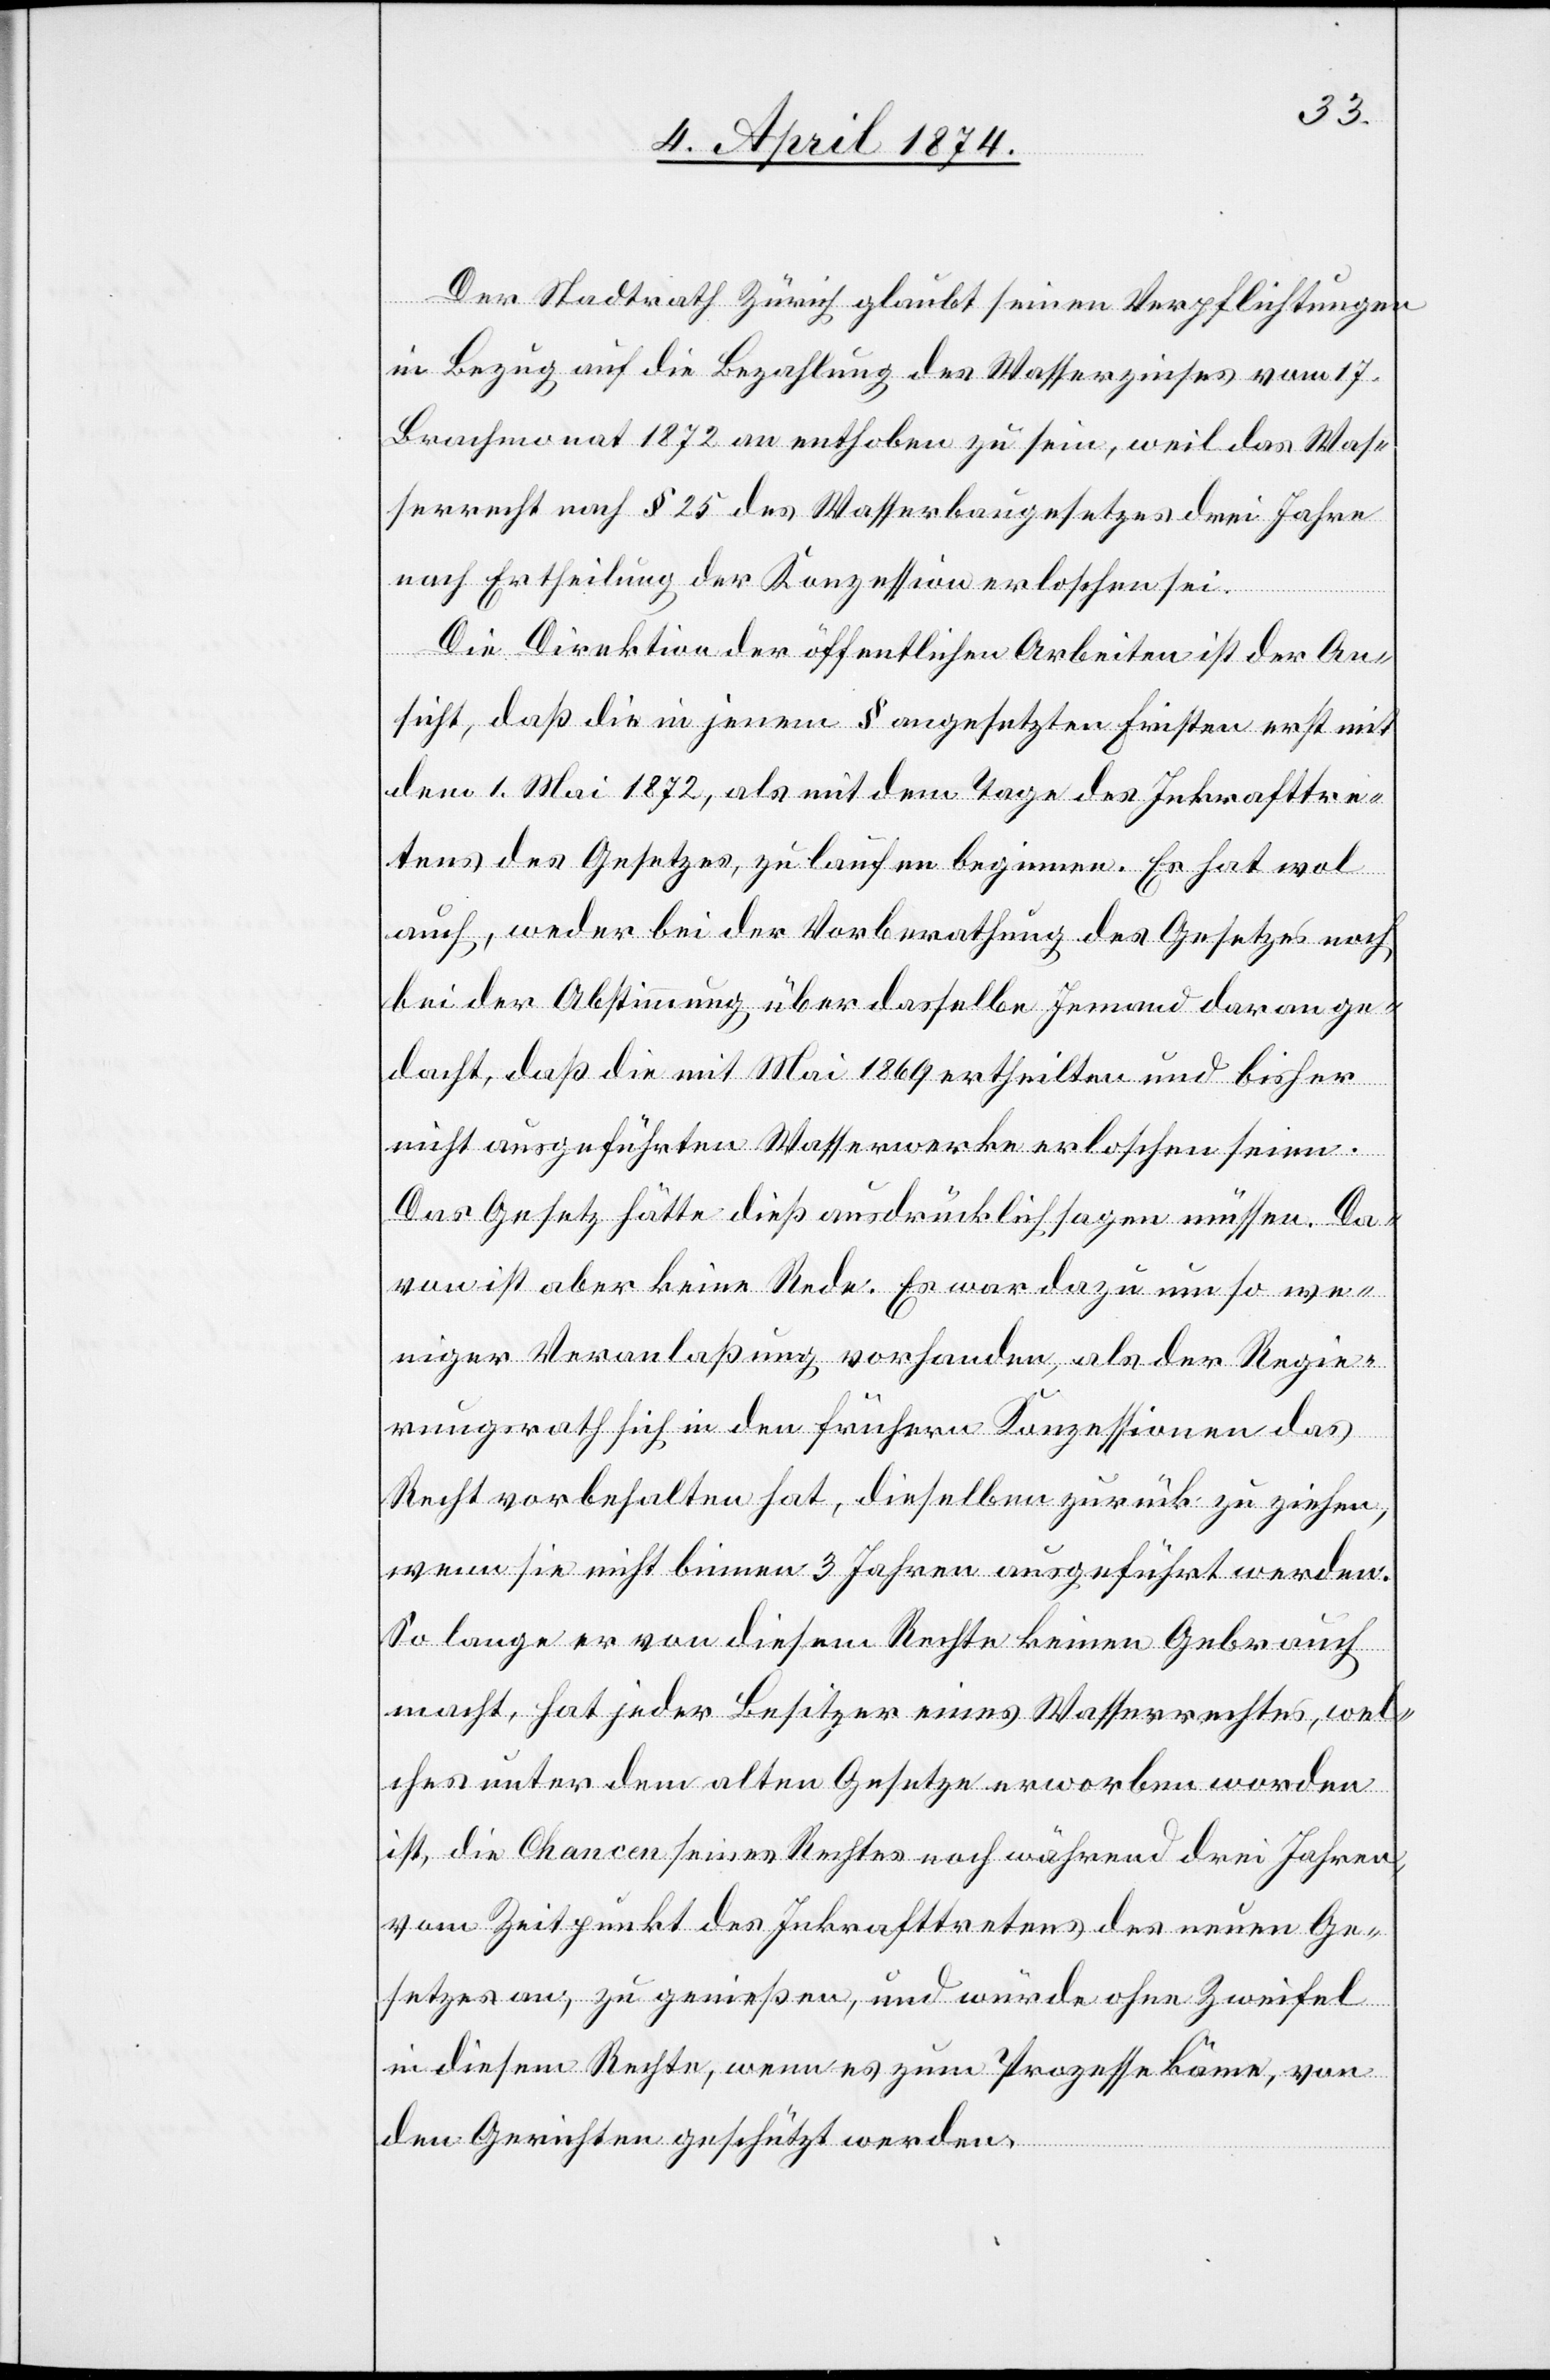
Der Stadtrath Zürich glaubt seinen Verpflichtungen
in Bezug auf die Bezahlung des Wasserzinses vom 17.
Brachmonat 1872 an enthoben zu sein, weil das Was¬
serrecht nach § 25 des Wasserbaugesetzes drei Jahre
nach Ertheilung der Konzession erloschen sei.
Die Direktion der öffentlichen Arbeiten ist der An¬
sicht, daß die in jenem § angesetzten Fristen erst mit
dem 1. Mai 1872, als mit dem Tage des Inkrafttre¬
tens des Gesetzes, zu laufen beginnen. Es hat wol
auch, weder bei der Vorberathung des Gesetzes noch
bei der Abstimmung über dasselbe Jemand daran ge¬
dacht, daß die mit Mai 1869 ertheilten und bisher
nicht ausgeführten Wasserwerke erloschen seien.
Das Gesetz hätte dieß ausdrücklich sagen müssen. Da¬
von ist aber keine Rede. Es war dazu umso we¬
niger Veranlaßung vorhanden, als der Regie¬
rungsrath sich in den frühern Konzessionen das
Recht vorbehalten hat, dieselben zurück zu ziehen,
wenn sie nicht binnen 3 Jahren ausgeführt werden.
So lange er von diesem Rechte keinen Gebrauch
macht, hat jeder Besitzer eines Wasserrechtes, wel¬
ches unter dem alten Gesetze erworben worden
ist, die Chancen seines Rechtes noch während drei Jahren,
vom Zeitpunkt des Inkrafttretens des neuen Ge¬
setzes an, zu genießen, und würde ohne Zweifel
in diesem Rechte, wenn es zum Prozesse käme, von
den Gerichten geschützt werden.